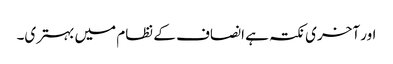
اور آخری نکتہ ہے انصاف کے نظام میں بہتری۔